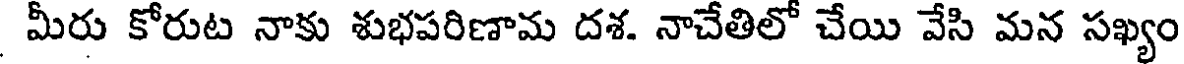
మీరు కోరుట నాకు శుభపరిణామ దశ. నాచేతిలో చేయి వేసి మన సఖ్యం